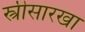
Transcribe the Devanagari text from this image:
स्त्रीसारखा